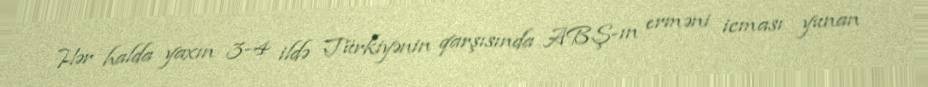
Hər halda yaxın 3-4 ildə Türkiyənin qarşısında ABŞ-ın erməni icması yunan